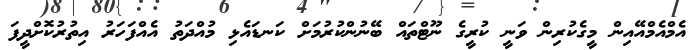
އެމްއެމްއޭއިން މީގެކުރިން ވަނީ ކުރީގެ ނޫޓްތައް ބޭނުންކުރުމަށް ކަނޑައެޅި މުއްދަތު އެއްފަހަރު އިތުރުކޮށްދީފަ